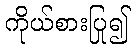
ကိုယ်စားပြု၍